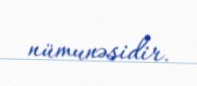
nümunəsidir.